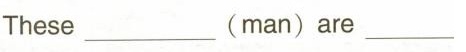
These ___ (man) are___